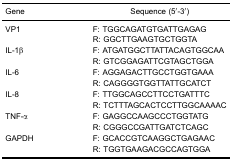
<table><thead><tr><td><b>Gene</b></td><td><b>Sequence (5′-3′)</b></td></tr></thead><tbody><tr><td>VP1</td><td>F: TGGCAGATGTGATTGAGAG</td></tr><tr><td></td><td>R: GGCTTGAAGTGCTGGTA</td></tr><tr><td>IL-1β</td><td>F: ATGATGGCTTATTACAGTGGCAA</td></tr><tr><td></td><td>R: GTCGGAGATTCGTAGCTGGA</td></tr><tr><td>IL-6</td><td>F: AGGAGACTTGCCTGGTGAAA</td></tr><tr><td></td><td>R: CAGGGGTGGTTATTGCATCT</td></tr><tr><td>IL-8</td><td>F: TTGGCAGCCTTCCTGATTTC</td></tr><tr><td></td><td>R: TCTTTAGCACTCCTTGGCAAAAC</td></tr><tr><td>TNF-α</td><td>F: GAGGCCAAGCCCTGGTATG</td></tr><tr><td></td><td>R: CGGGCCGATTGATCTCAGC</td></tr><tr><td>GAPDH</td><td>F: GCACCGTCAAGGCTGAGAAC</td></tr><tr><td></td><td>R: TGGTGAAGACGCCAGTGGA</td></tr></tbody></table>